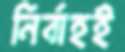
নির্বাহই